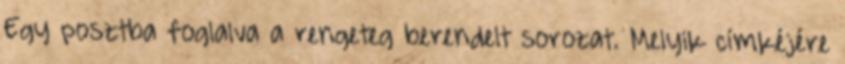
Egy posztba foglalva a rengeteg berendelt sorozat. Melyik címkéjére